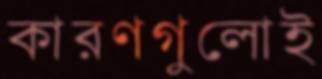
কারণগুলোই